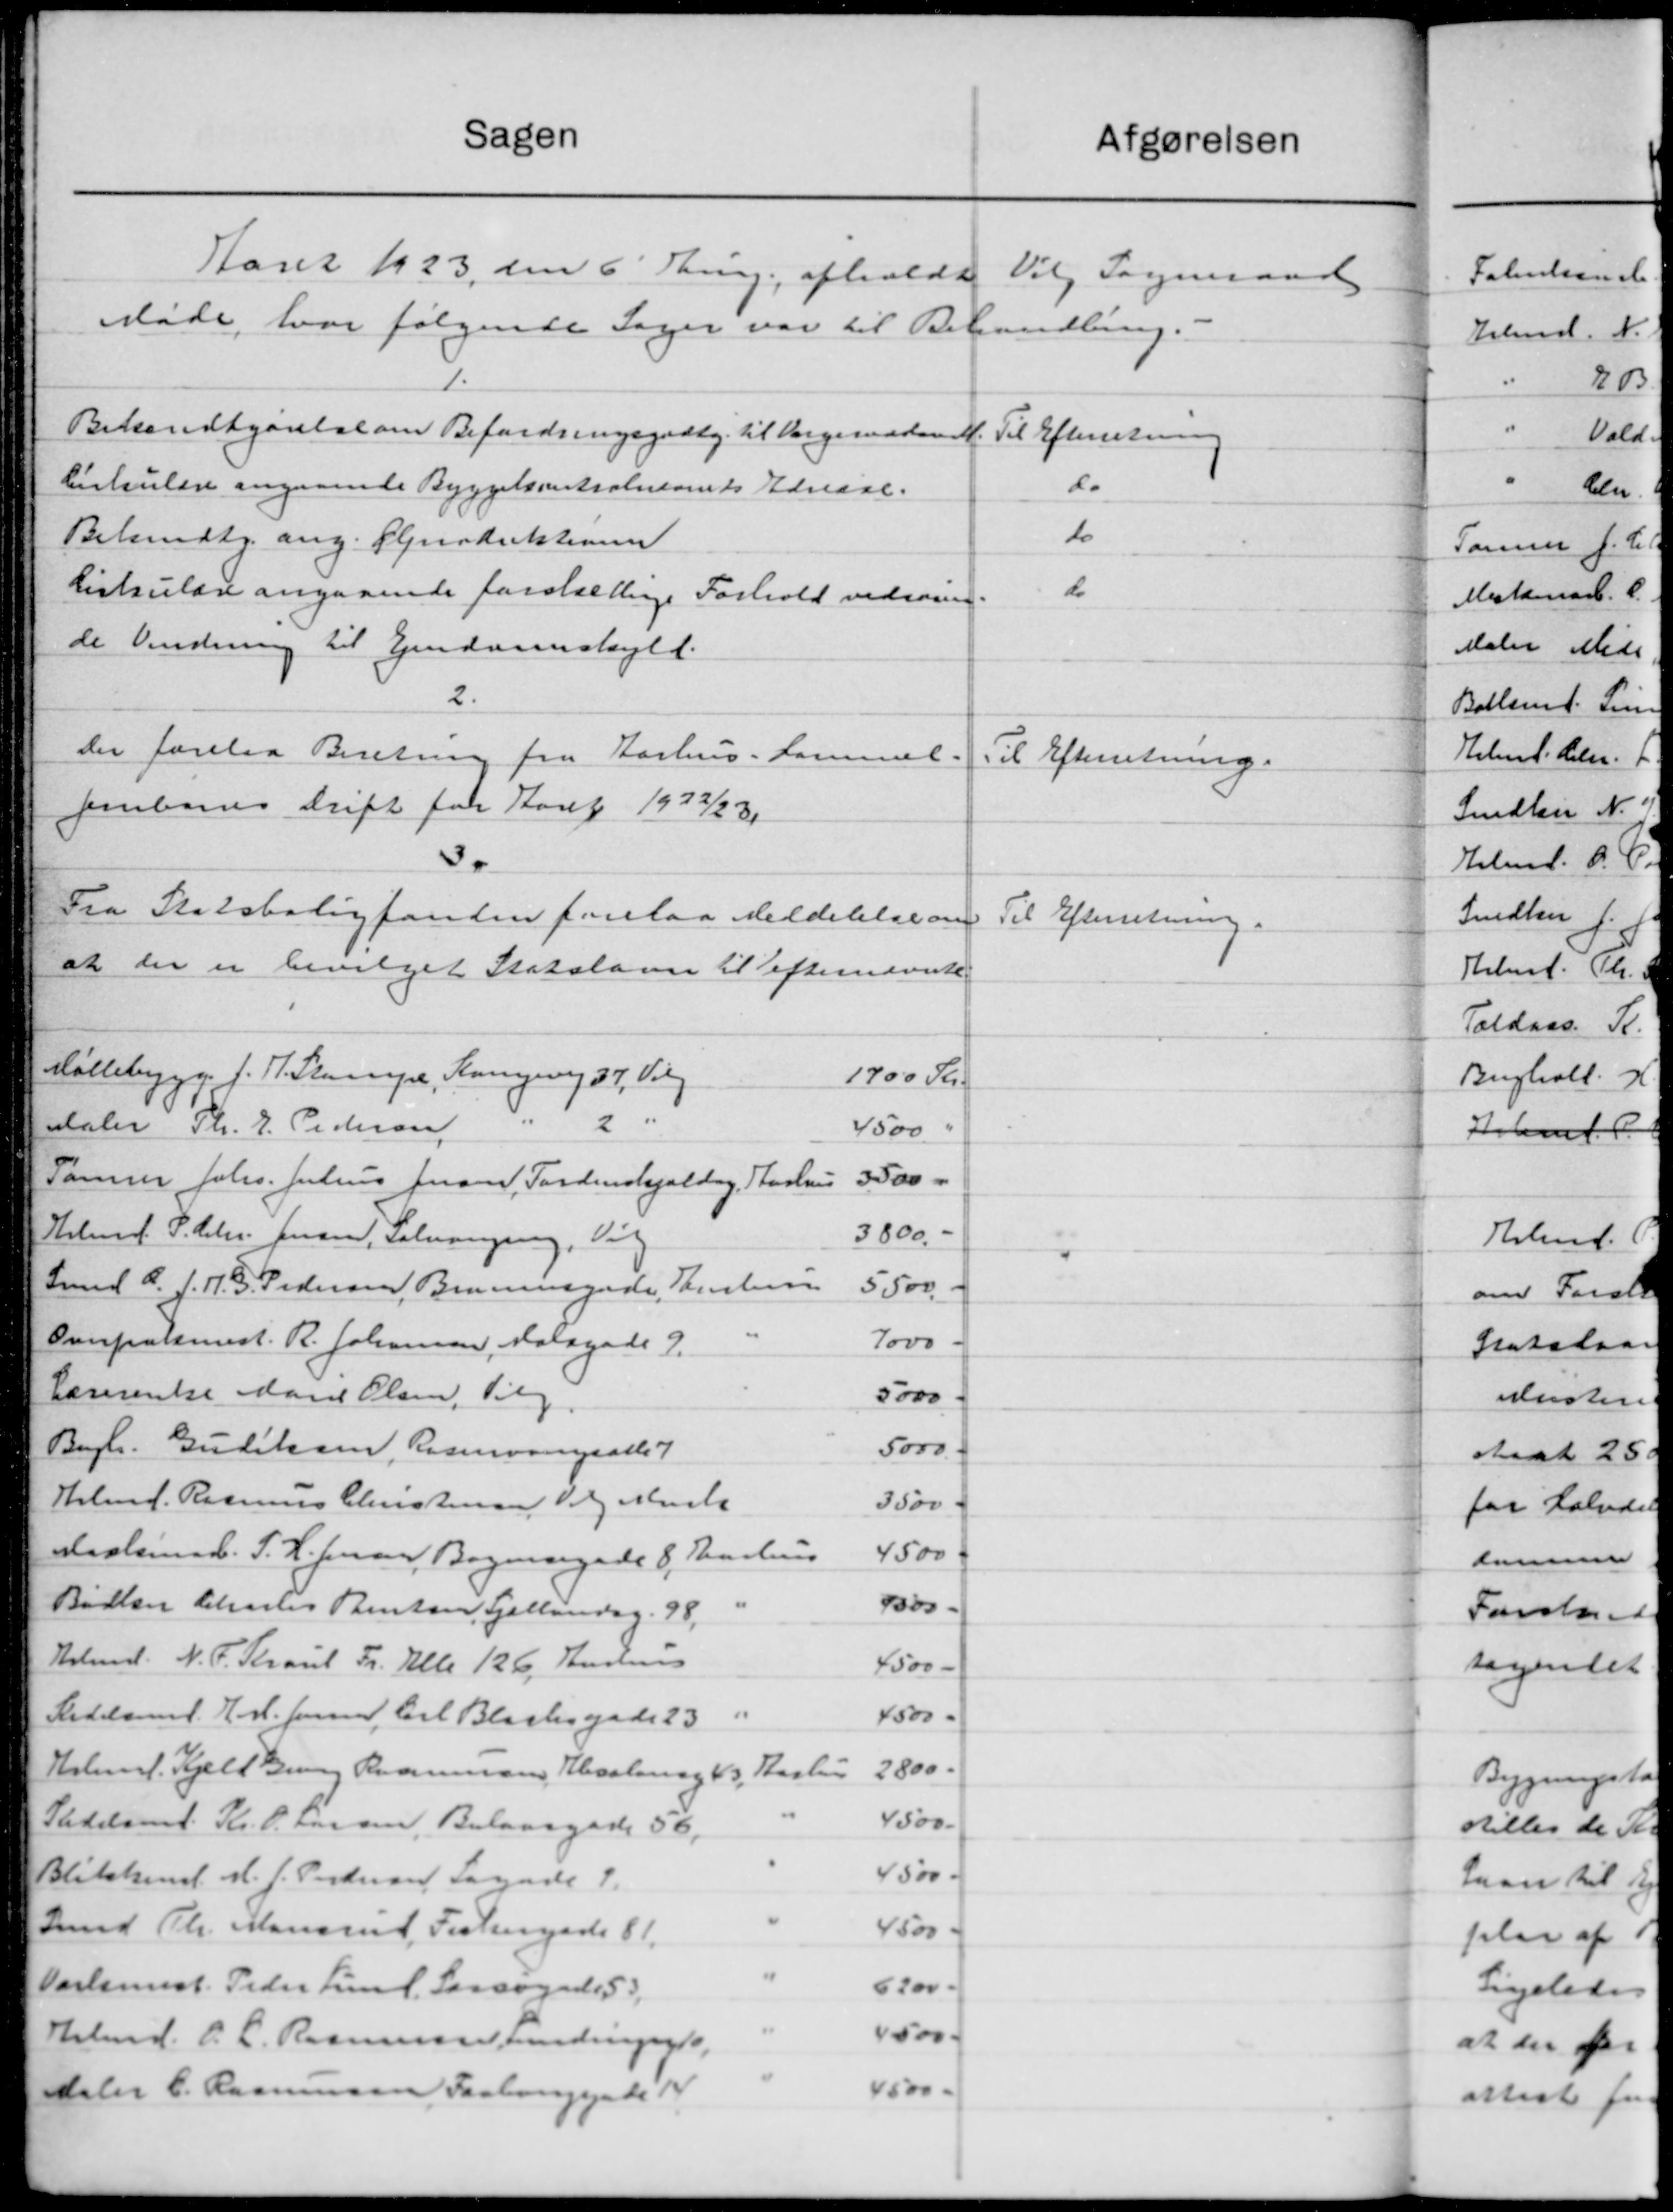
Transskription:
Sagen
afgørelsen
Aaret 1923 den 6' Thrung, afholdt Vil Sogneraad
Møde, hvor følgende Sager var til Behandling.
1.
Bekendtgørelse om Befordringsgodtgj. til Værgeraaden M. Til Efterretning.
Cirkulære angaaende Byggekontraliants Edvare.
do
10
Belundtg. ang. Genstrektionen
do
Cirkulære angaaende forskellige Forhold vedrøren.
de Verdning til Ejendomsskyld.
2.
Der forelaa Beretning fra Aarhus - Lommel.
Til Efterretning.
Jernbanes Drift for Aaret 1922/231
30
Fra Statsboligfonden forelaa Meddelelse om
Til Efterretning.
at der er bevilget Statslaan til Efternævnte
Møllebygg. J. P. Stampe, Kongevej 37, Valg
1700 Kr.
2 "
aler Th. P. Pedersen
4500 "
3500 -
Tømrer Johs. Julius Jensen, Tordenskjoldag, Aarhus
3800.-
Helms. P. Chr. Jensen, Solvangsing, Vigg
Smed C. J. N. G. Pedersen, Brunsgade, Samlin
5500 -
Overpraktminst. R. Johansen, Dalsgade 9.
7000 -
Lærerente Aars Olsen, Vil
5000
Bygh. Gudiksen, Reservangsatter
5000 Ø
Holmf. Rasmus Christensen og Mask
3500 f
4500 K
Maalemad. P. H. Jensen, Bogmærgade 8, Aarhus
pos.
Bødker Christes Rentsen, Sjællandag. 98.
Arbmd. N. P. Straul Fr. Alle 126, Anders
4500 -
Stedelsmd. H. M. Jensen, Carl Blacksgade 23
4500 -
Helms. Kjeld Brung Rasmussen Kesslering 43, Haslev
2800
4500
Stedelsmd. Kr. P. Larsen, Balansgade 56,
4500
Blitikens A. J. Pedersen Sagende 4.
Hmd Th. Mansul Festergade 81.
4500
Varlsmst. Peder Lief. Forsøgade 53
6200
500
Arbmd. P. C. Rasmussen, Findingade,
4500 -
Peter C. Rasmussen Faaborggade 14